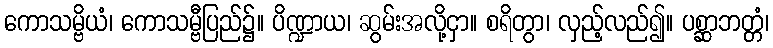
ကောသမ္ဗိယံ၊ ကောသမ္ဗီပြည်၌။ ပိဏ္ဍာယ၊ ဆွမ်းအလို့ငှာ။ စရိတွာ၊ လှည့်လည်၍။ ပစ္ဆာဘတ္တံ၊